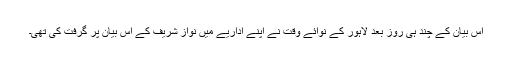
اس بیان کے چند ہی روز بعد لاہور کے نوائے وقت نے اپنے اداریے میں نواز شریف کے اس بیان پر گرفت کی تھی۔